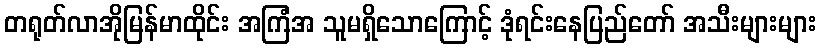
တရုတ်လာအိုမြန်မာထိုင်း အကြံအ သူမရှိသောကြောင့် ဒုံရင်းနေပြည်တော် အသီးများများ